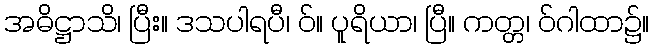
အဓိဋ္ဌာသိ၊ ပြီး။ ဒသပါရပီ၊ ဝ်။ ပူရိယာ၊ ပြီ။ ကတ္တ၊ ဝ်ဂါထာ၌။